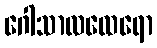
ဂေါသာလထေရော